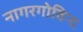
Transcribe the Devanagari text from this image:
नागरगोविन्द